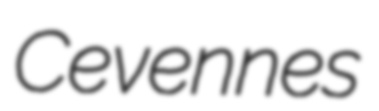
Cevennes